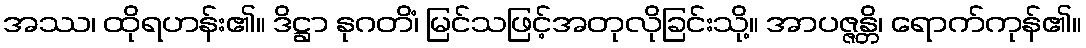
အဿ၊ ထိုရဟန်း၏။ ဒိဋ္ဌာ နုဂတိံ၊ မြင်သဖြင့်အတုလိုခြင်းသို့။ အာပဇ္ဇန္တိ၊ ရောက်ကုန်၏။